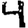
Digit: 4